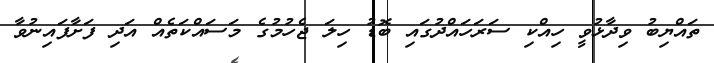
ތައްޔިބު ވިދާޅުވީ ހިއްކި ސަރަހައްދުގައި ބޮޑު ހިލަ ޖެހުމުގެ މަސައްކަތެއް އަދި ފަށާފައިނުވާ